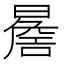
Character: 𭧬